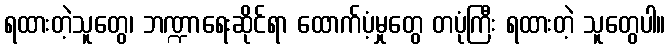
ရထားတဲ့သူတွေ၊ ဘဏ္ဍာရေးဆိုင်ရာ ထောက်ပံ့မှုတွေ တပုံကြီး ရထားတဲ့ သူတွေပါ။